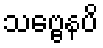
သဗ္ဗေနပိ